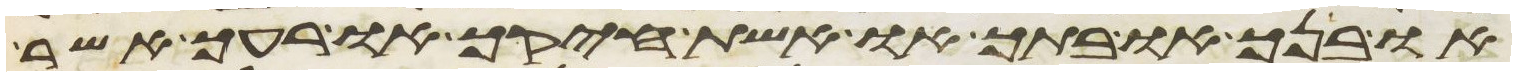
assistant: או בנך או בתך או אשת חיקך או רעך אשר